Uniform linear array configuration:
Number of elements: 64
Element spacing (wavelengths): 1
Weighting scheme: hamming
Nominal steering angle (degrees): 15
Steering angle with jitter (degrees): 16.675
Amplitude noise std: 0.05
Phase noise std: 0.05

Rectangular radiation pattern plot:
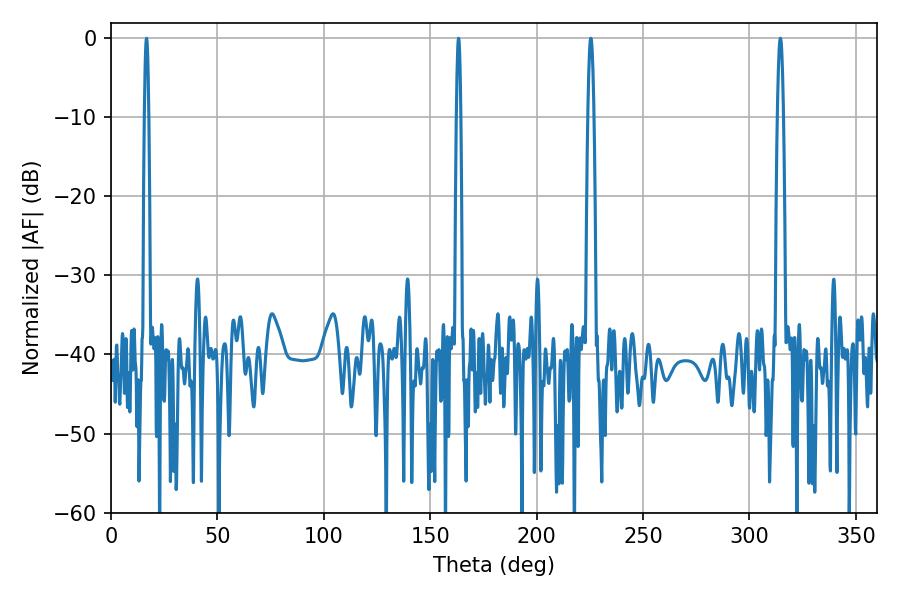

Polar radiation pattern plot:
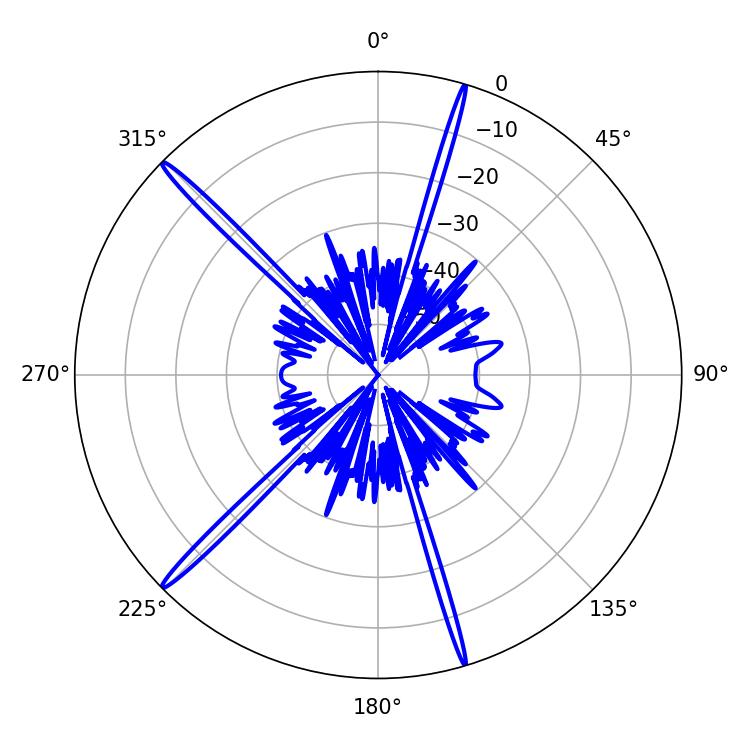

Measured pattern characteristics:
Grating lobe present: TRUE
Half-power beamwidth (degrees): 1.08
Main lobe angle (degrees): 16.74